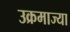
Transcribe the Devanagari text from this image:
उक्रमाज्या